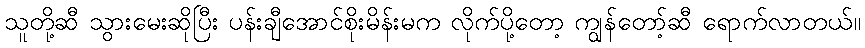
သူတို့ဆီ သွားမေးဆိုပြီး ပန်းချီအောင်စိုးမိန်းမက လိုက်ပို့တော့ ကျွန်တော့်ဆီ ရောက်လာတယ်။